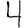
Digit: 4